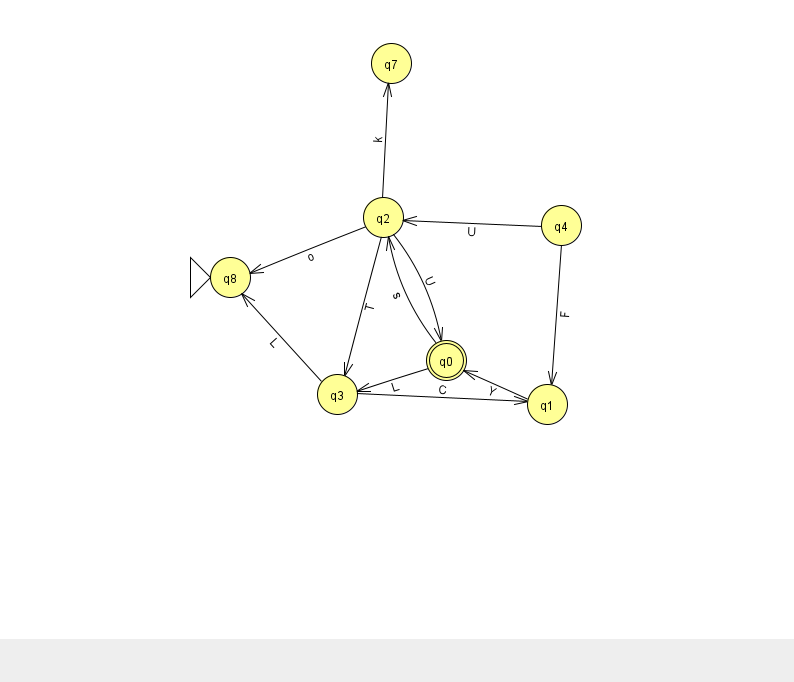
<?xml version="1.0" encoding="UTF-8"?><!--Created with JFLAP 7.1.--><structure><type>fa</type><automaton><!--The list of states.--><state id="0" name="q0"><x>446.0</x><y>347.0</y><final/></state><state id="1" name="q1"><x>547.0</x><y>391.0</y></state><state id="2" name="q2"><x>383.0</x><y>204.0</y></state><state id="3" name="q3"><x>337.0</x><y>381.0</y></state><state id="4" name="q4"><x>561.0</x><y>212.0</y></state><state id="7" name="q7"><x>391.0</x><y>50.0</y></state><state id="8" name="q8"><x>230.0</x><y>264.0</y><initial/></state><!--The list of transitions.--><transition><from>0</from><to>3</to><read>L</read></transition><transition><from>2</from><to>3</to><read>T</read></transition><transition><from>2</from><to>7</to><read>k</read></transition><transition><from>4</from><to>1</to><read>F</read></transition><transition><from>2</from><to>8</to><read>o</read></transition><transition><from>0</from><to>2</to><read>s</read></transition><transition><from>1</from><to>0</to><read>Y</read></transition><transition><from>3</from><to>1</to><read>C</read></transition><transition><from>3</from><to>8</to><read>L</read></transition><transition><from>2</from><to>0</to><read>U</read></transition><transition><from>4</from><to>2</to><read>U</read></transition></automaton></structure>